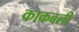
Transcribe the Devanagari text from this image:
काकबली